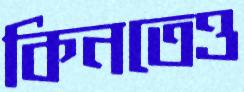
কিনতেও